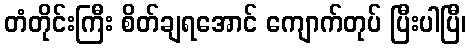
တံတိုင်းကြီး စိတ်ချရအောင် ကျောက်တုပ် ပြီးပါပြီ၊